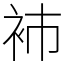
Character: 𧘟